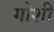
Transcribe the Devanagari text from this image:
गोशी